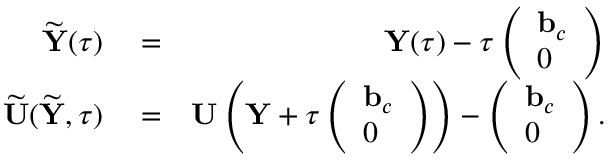
\begin{array} { r l r } { \widetilde { { \mathbf Y } } ( \tau ) } & { { } = } & { { \mathbf Y } ( \tau ) - \tau \left( \begin{array} { l } { { \mathbf b } _ { c } } \\ { 0 } \end{array} \right) } \\ { \widetilde { { \mathbf U } } ( \widetilde { { \mathbf Y } } , \tau ) } & { { } = } & { { \mathbf U } \left( { \mathbf Y } + \tau \left( \begin{array} { l } { { \mathbf b } _ { c } } \\ { 0 } \end{array} \right) \right) - \left( \begin{array} { l } { { \mathbf b } _ { c } } \\ { 0 } \end{array} \right) . } \end{array}